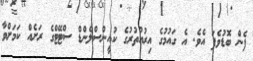
ފެން ބޮޑުވެފަ އެވެ. އެ ގައުމުގެ އިރުއުތުރުގެ ކުއީންސްލެންޑް ސްޓޭޓްގެ ރަށެއް ކަމަށްވާ